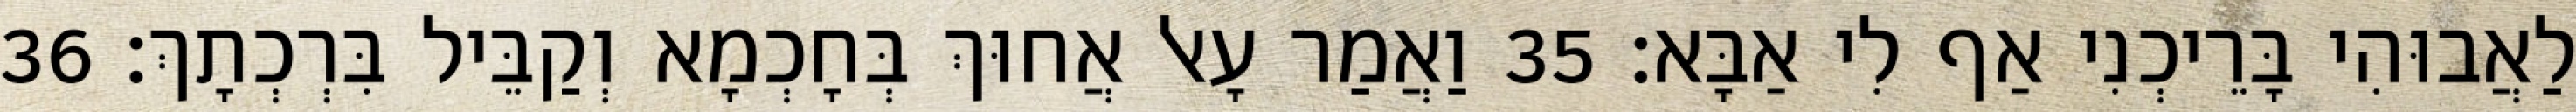
לַאֲבוּהִי בָּרֵיכְנִי אַף לִי אַבָּא׃ 35 וַאֲמַר עָאל אֲחוּךְ בְּחָכְמָא וְקַבֵּיל בִּרְכְתָךְ׃ 36